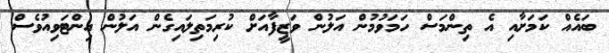
ބައެއް ކަމަށާއި އެ ތިންމަސް ހަމަވުމުން އަލުން ވަޒީފާއަށް ކުރިމަތިލައިގެން އަލުން އިންޓަވިއުވެސް